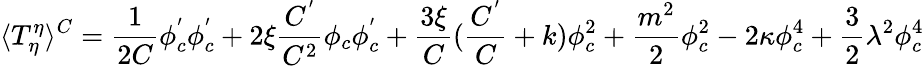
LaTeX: \langle T_{\eta}^{\eta}\rangle^{C}=\frac 1{2C}\phi_{c}^{^{\prime}}\phi_{c}^{^{\prime}}+2\xi\frac{C^{^{\prime}}}{C^{2}}\phi_{c}\phi_{c}^{^{\prime}}+\frac{3\xi}C(\frac{C^{^{\prime}}}C+k)\phi_{c}^{2}+\frac{m^{2}}2\phi_{c}^{2}-2\kappa\phi_{c}^{4}+\frac 32\lambda^{2}\phi_{c}^{4}